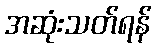
အဆုံးသတ်ရန်